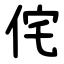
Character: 侘